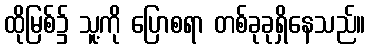
ထိုမြစ်၌ သူ့ကို ပြောစရာ တစ်ခုခုရှိနေသည်။